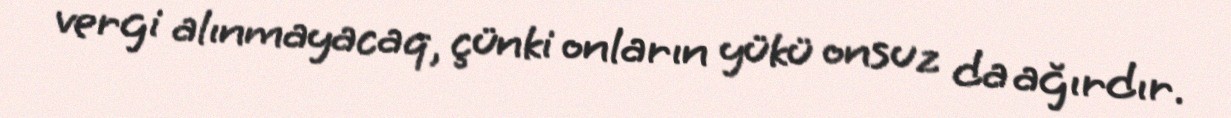
vergi alınmayacaq, çünki onların yükü onsuz da ağırdır.